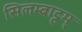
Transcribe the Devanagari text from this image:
सिलम्बाट्टम्